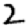
Digit: 2